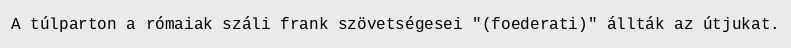
A túlparton a rómaiak száli frank szövetségesei "(foederati)" állták az útjukat.